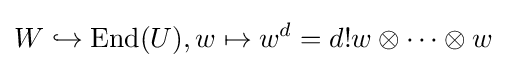
W\hookrightarrow \operatorname {End} (U),w\mapsto w^{d}=d!w\otimes \cdots \otimes w